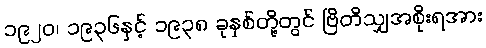
၁၉၂၀၊ ၁၉၃၆နှင့် ၁၉၃၈ ခုနှစ်တို့တွင် ဗြိတိသျှအစိုးရအား